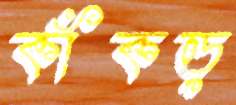
কাঁকড়